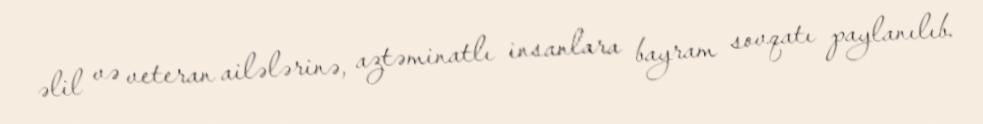
əlil və veteran ailələrinə, aztəminatlı insanlara bayram sovqatı paylanılıb.